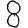
Digit: 8